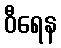
ဝီရေန